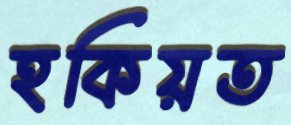
হকিয়ত